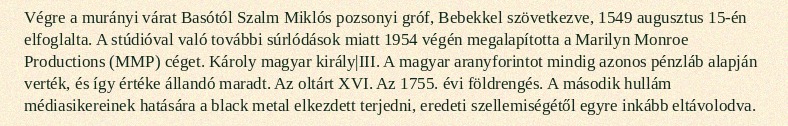
Végre a murányi várat Basótól Szalm Miklós pozsonyi gróf, Bebekkel szövetkezve, 1549 augusztus 15-én elfoglalta. A stúdióval való további súrlódások miatt 1954 végén megalapította a Marilyn Monroe Productions (MMP) céget. Károly magyar király|III. A magyar aranyforintot mindig azonos pénzláb alapján verték, és így értéke állandó maradt. Az oltárt XVI. Az 1755. évi földrengés. A második hullám médiasikereinek hatására a black metal elkezdett terjedni, eredeti szellemiségétől egyre inkább eltávolodva.